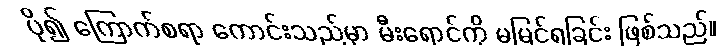
ပို၍ ကြောက်စရာ ကောင်းသည်မှာ မီးရောင်ကို မမြင်ရခြင်း ဖြစ်သည်။